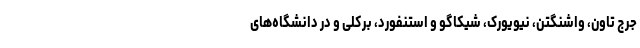
جرج تاون، واشنگتن، نیویورک، شیکاگو و استنفورد، برکلی و در دانشگاه‌های